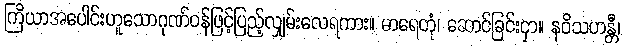
ကြိယာအပေါင်းဟူသောဂုဏ်ဝန်ဖြင့်ပြည့်လျှမ်းလေရကား။ ဓာရေတုံ၊ ဆောင်ခြင်းငှာ။ နဝိသဟန္တီ၊